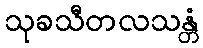
သုခသီတလသန္တံ